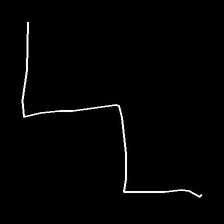
Glyph: crush